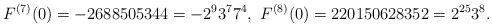
\begin{align*}F^{(7)}(0)=-2688505344=-2^{9}3^{7}7^{4},\ F^{(8)}(0)=220150628352=2^{25}3^{8}.\end{align*}